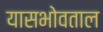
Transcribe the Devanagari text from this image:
यासभोवताल